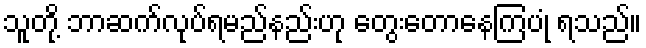
သူတို့ ဘာဆက်လုပ်ရမည်နည်းဟု တွေးတောနေကြပုံ ရသည်။